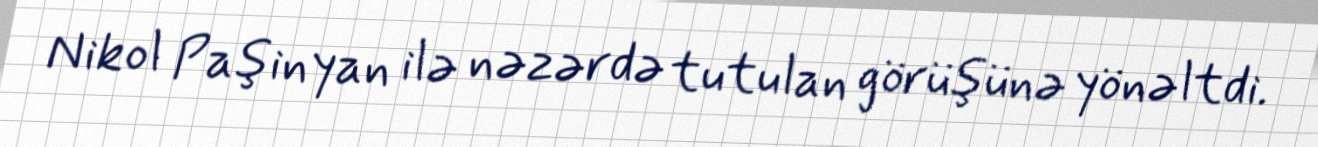
Nikol Paşinyan ilə nəzərdə tutulan görüşünə yönəltdi.